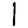
Digit: 1